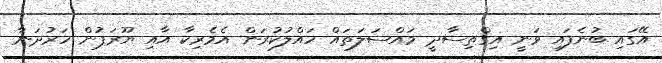
އޭގައި ބުނެފައި ވަނީ އިގްތިސާދީ މައްސަލަތައް ހައްލުކުރަން އެމެރިކާ އާއި ޔޫރަޕުން ހަރުދަނާ